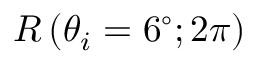
R \left( \theta _ { i } = 6 ^ { \circ } ; 2 \pi \right)